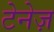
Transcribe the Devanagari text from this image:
टेनेज़